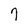
Character: 7